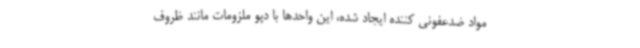
مواد ضدعفونی کننده ایجاد شده، این واحدها با دپو ملزومات مانند ظروف